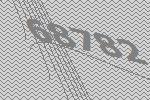
68782